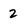
Character: 2